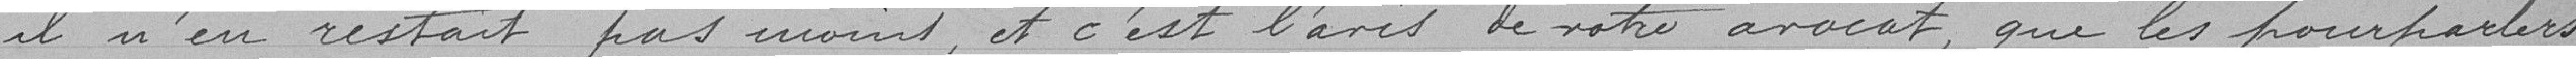
il n'en restait pas moins et c'est l'avis de votre avocat, que les pourparlers